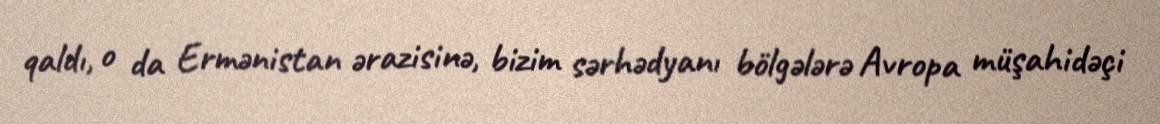
qaldı, o da Ermənistan ərazisinə, bizim sərhədyanı bölgələrə Avropa müşahidəçi